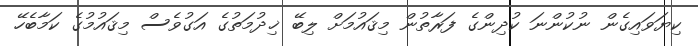
ކިޔަވައިގެން ނުކުންނަ ކުދިންގެ ފަރާތުން މިޤައުމަށް ލިބޭ ޚިދުމަތުގެ އަގުވެސް މިޤައުމުގެ ކަމާބެހޭ